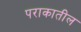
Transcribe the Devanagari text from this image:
पराकातील